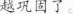
越巩固了。